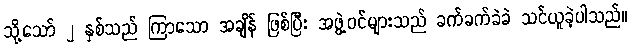
သို့သော် ၂ နှစ်သည် ကြာသော အချိန် ဖြစ်ပြီး အဖွဲ့ဝင်များသည် ခက်ခက်ခဲခဲ သင်ယူခဲ့ပါသည်။